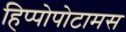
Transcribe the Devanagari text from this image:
हिप्पोपोटामस